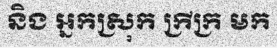
និង អ្នកស្រុក ក្រីក្រ មក